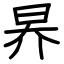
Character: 昦